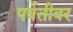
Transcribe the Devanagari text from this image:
पर्वतीवर